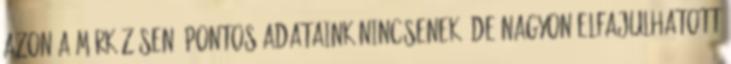
azon a mérkőzésen? Pontos adataink nincsenek, de nagyon elfajulhatott